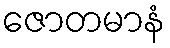
ဇောတမာနံ